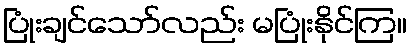
ပြုံးချင်သော်လည်း မပြုံးနိုင်ကြ။